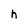
Character: h